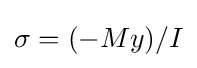
\sigma =(-My)/I